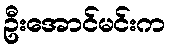
ဦးအောင်မင်းက